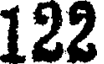
122